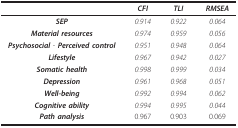
|  | CFI | TLI | RMSEA |
 | --- | --- | --- | --- |
 | SEP | 0.914 | 0.922 | 0.064 |
 | Material resources | 0.974 | 0.959 | 0.056 |
 | Psychosocial - Perceived control | 0.951 | 0.948 | 0.064 |
 | Lifestyle | 0.967 | 0.942 | 0.027 |
 | Somatic health | 0.998 | 0.999 | 0.034 |
 | Depression | 0.961 | 0.968 | 0.051 |
 | Well-being | 0.992 | 0.994 | 0.062 |
 | Cognitive ability | 0.994 | 0.995 | 0.044 |
 | Path analysis | 0.967 | 0.903 | 0.069 |